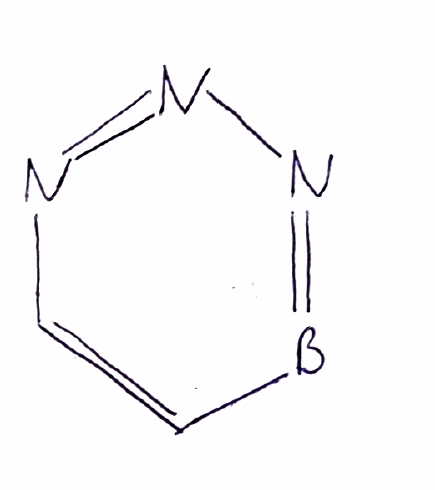
Simplified molecular-input line-entry system (SMILES) notation of the given molecule:
B1=NN=NC=C1